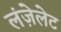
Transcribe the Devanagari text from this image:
लंज़ेलेट